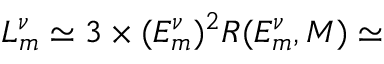
L _ { m } ^ { \nu } \simeq 3 \times ( E _ { m } ^ { \nu } ) ^ { 2 } R ( E _ { m } ^ { \nu } , M ) \simeq